Note on the mental hospitals in Burma - 1925-1940
Year: 1925
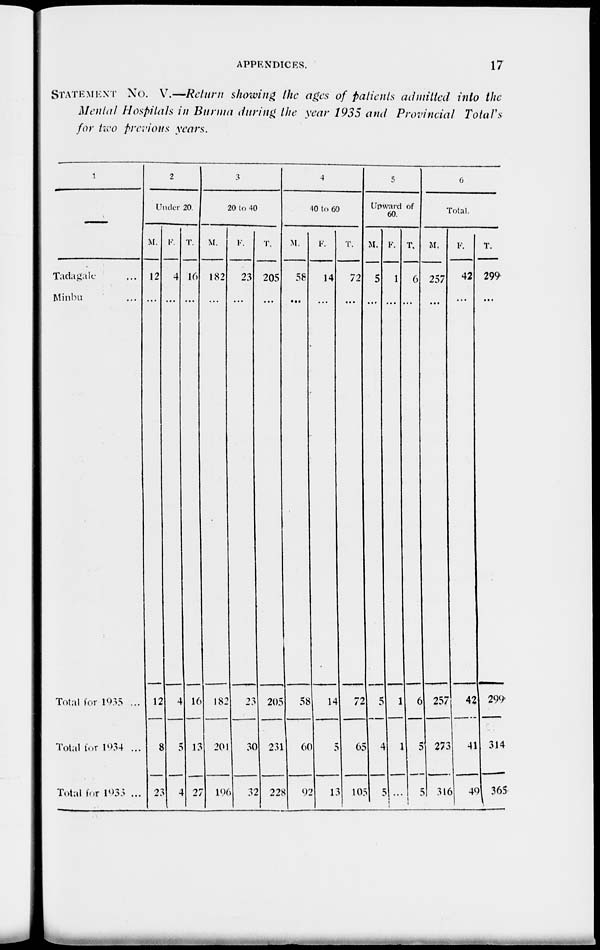
APPENDICES.
17
STATEMENT No. V.—Return showing the ages of patients admitted into the
Mental Hospitals in Burma during the year 1935 and Provincial
Total's
for two previous years.
1
—
Tadagale ...
Minbu ...
Total for 1935 ...
Total for 1934 ...
Total for 1933 ...
2
Under 20.
M.
12
...
12
8
23
F.
4
...
4
5
4
T.
16
...
16
13
27
3
20 to 40.
M.
182
...
182
201
196
F.
23
...
23
30
32
T.
205
...
205
231
228
4
40 to 60.
M.
58
...
58
60
92
F.
14
...
14
5
13
T.
72
...
72
65
105
5
Upward of
60.
M.
5
...
5
4
5
F.
1
...
1
1
...
T.
6
...
6
5
5
6
Total.
M.
257
...
257
273
316
F.
42
...
42
41
49
T.
299
...
299
314
365